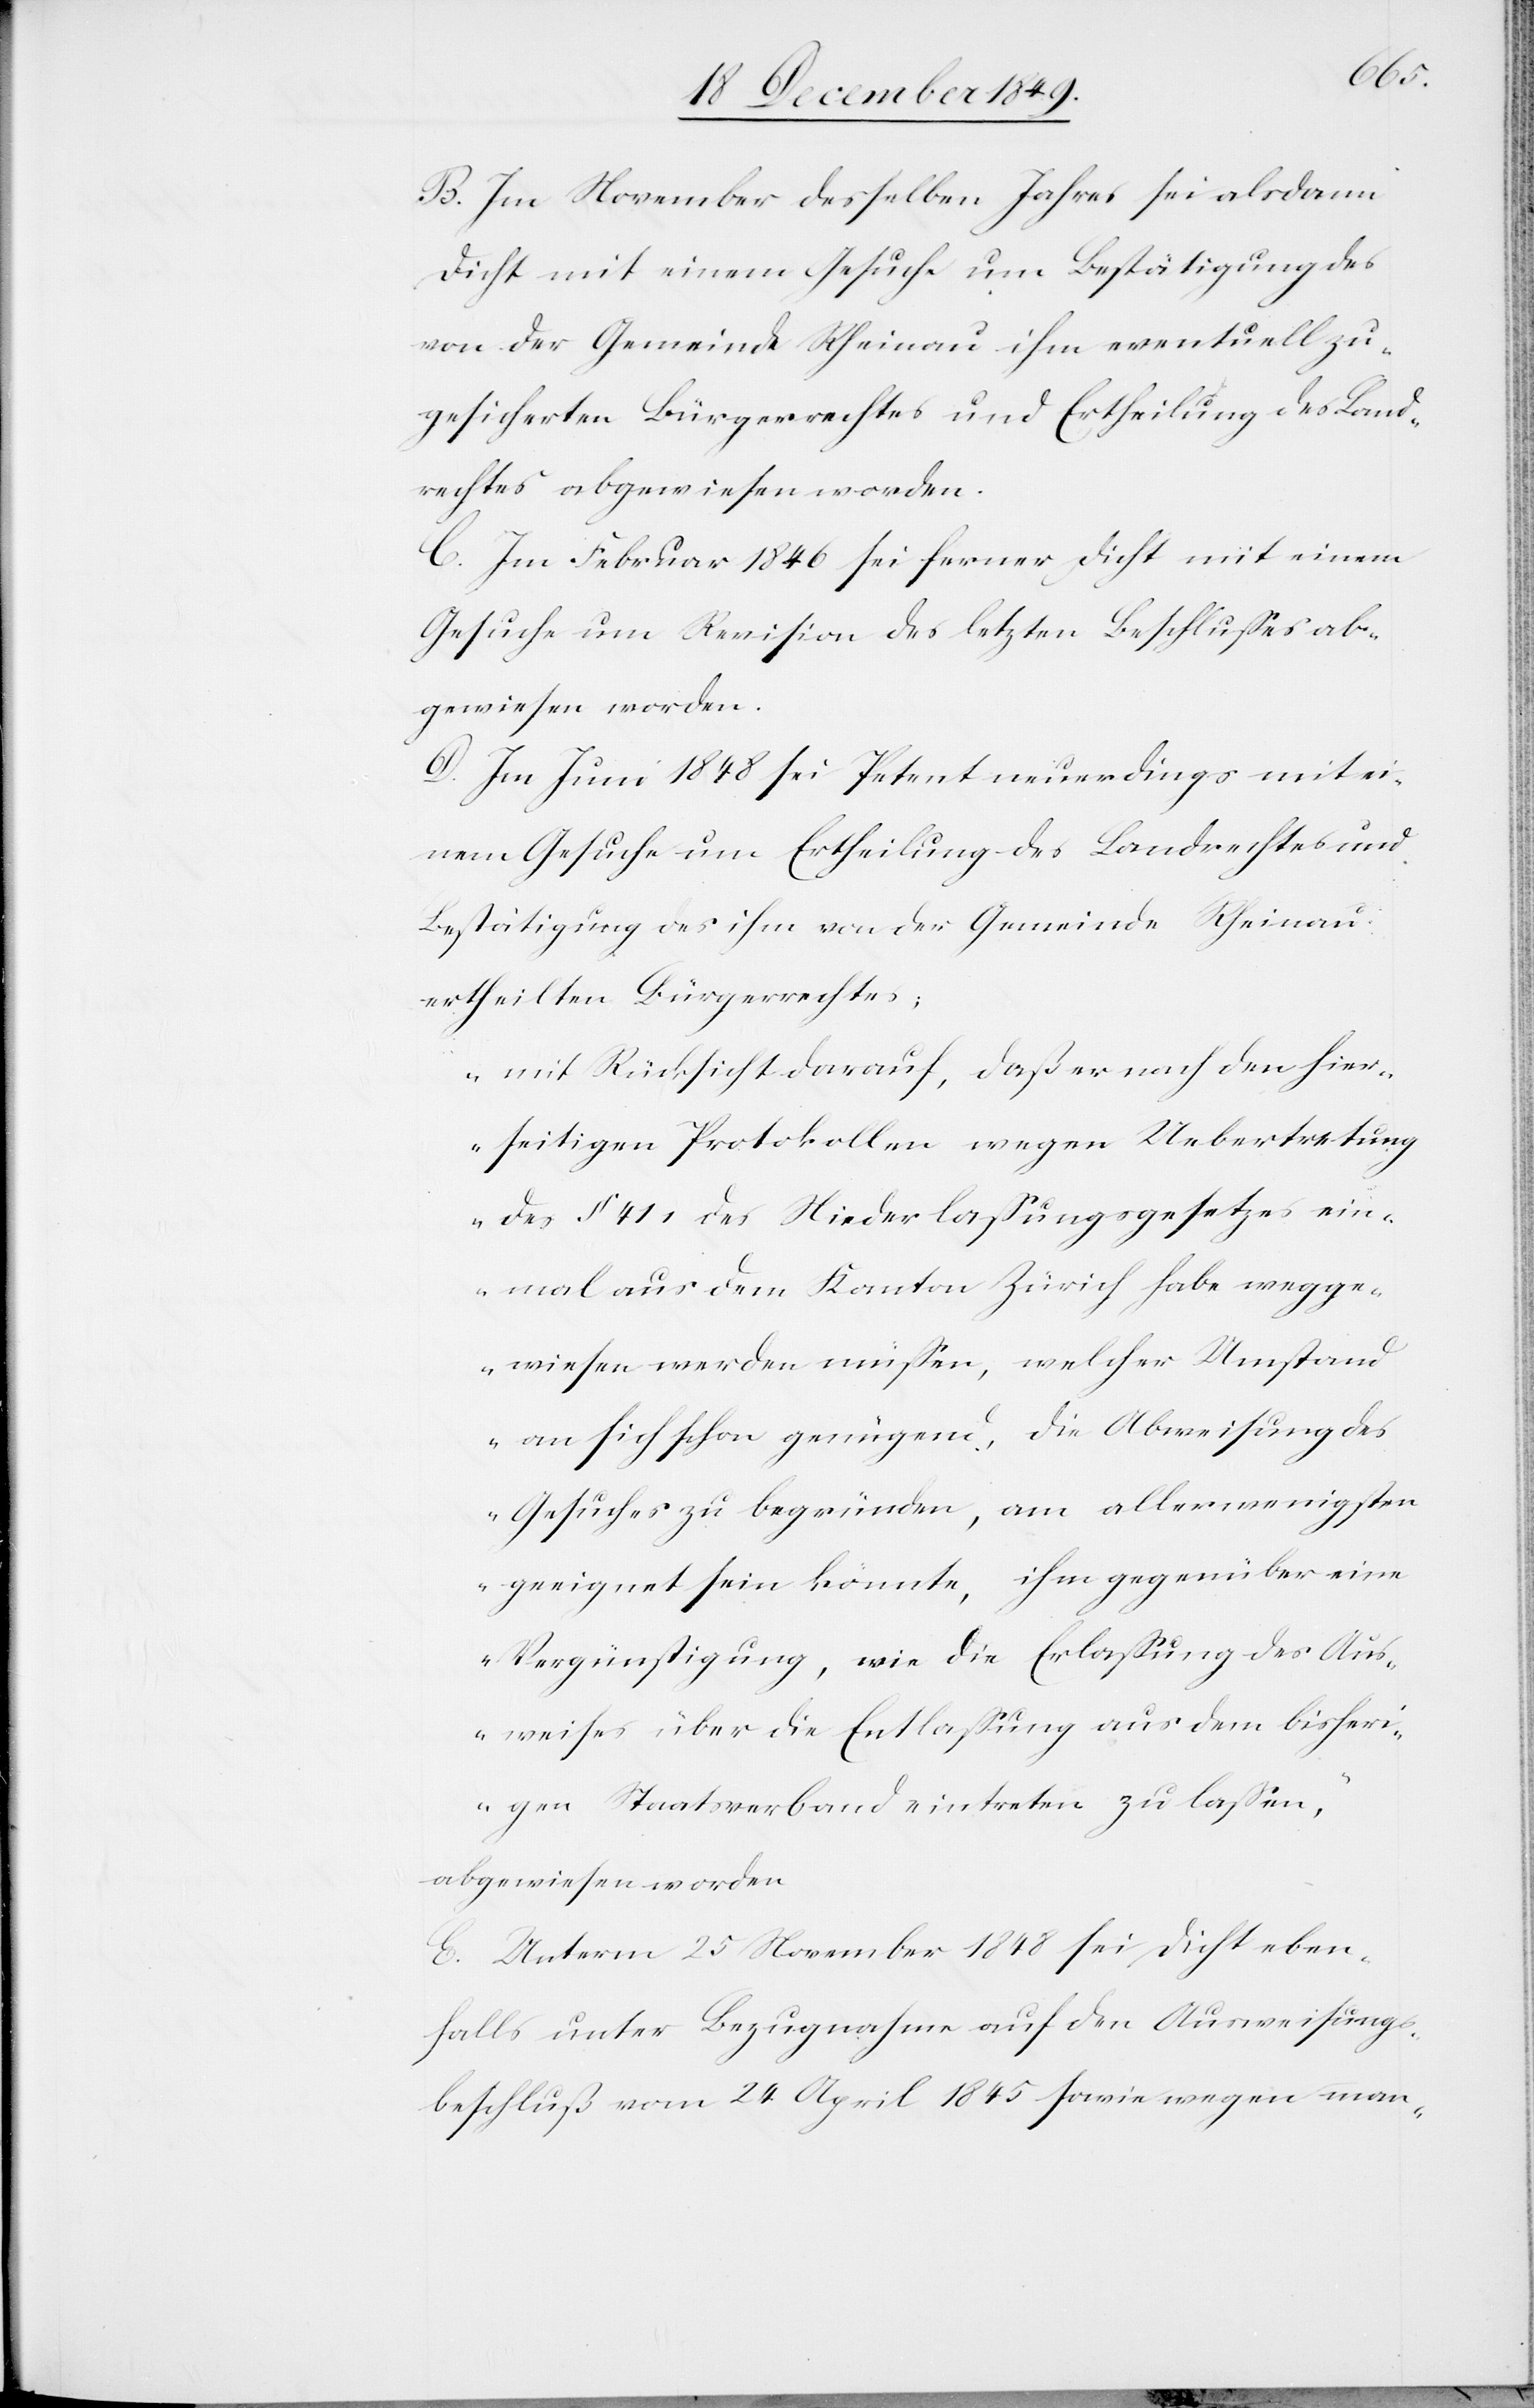
B. Im November desselben Jahres sei alsdann
Dicht mit einem Gesuche um Bestätigung des
von der Gemeinde Rheinau ihm eventuell zu¬
gesicherten Bürgerrechtes und Ertheilung des Land¬
rechtes abgewiesen worden.
C. Im Februar 1846 sei ferner Dicht mit einem
Gesuche um Revision des letzten Beschlußes ab¬
gewiesen worden.
D. Im Juni 1848 sei Petent neuerdings mit ei¬
nem Gesuche um Ertheilung des Landrechtes und
Bestätigung des ihm von der Gemeinde Rheinau
ertheilten Bürgerrechtes;
„mit Rücksicht darauf, daß er nach den hier¬
seitigen Protokollen wegen Uebertretung
des § 411 des Niederlaßungsgesetzes ein¬
mal aus dem Kanton Zürich habe wegge¬
wiesen werden müßen, welcher Umstand
an sich schon genügend, die Abweisung des
Gesuches zu begründen, am allerwenigsten
geeignet sein könnte, ihm gegenüber eine
Vergünstigung, wie die Erlaßung des Aus¬
weises über die Entlaßung aus dem bisheri¬
gen Staatsverband eintreten zu laßen,“
abgewiesen worden.
E. Unterm 25 November 1848 sei Dicht eben¬
falls unter Bezugnahme auf den Ausweisungs¬
beschluß vom 24 April 1845 sowie wegen man-